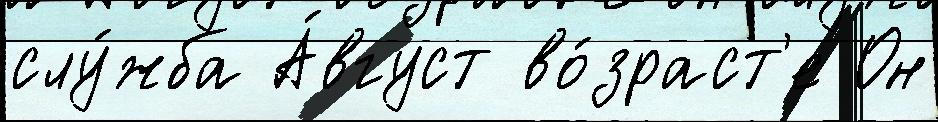
слу́жба А́вгуст во́зраст'е Он